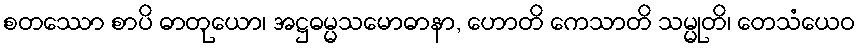
စတဿော စာပိ ဓာတုယော၊ အဋ္ဌဓမ္မသမောဓာနာ, ဟောတိ ကေသာတိ သမ္မုတိ၊ တေသံယေဝ